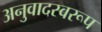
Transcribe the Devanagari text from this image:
अनुवादस्वरूप